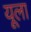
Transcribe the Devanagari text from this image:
यूला